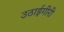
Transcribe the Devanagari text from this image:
उठाईगीरी